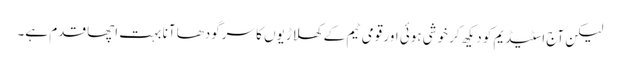
لیکن آج اسٹیڈیم کو دیکھ کر خوشی ہوئی اور قومی ٹیم کے کھلاڑیوں کا سرگودھا آنا بہت اچھا قدم ہے۔